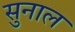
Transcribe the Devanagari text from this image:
सुनाल